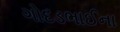
ગોદડભાઈના